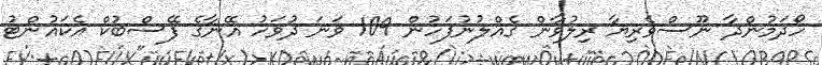
ހޯދަމުންދާ ނޫސްވެރިޔާ ރިލުވާން ގެއްލުނުފަހުން 109 ވަނަ ދުވަހު އޭނާގެ ފޭސްބުކް އެކައުންޓު